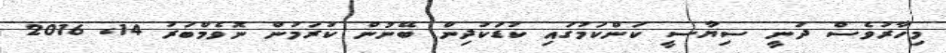
މިހާރުވެސް ދަނީ ސިޔާސީ ކަންކަމުގައި ކުޑަކުދިން ބޭނުން ކުރަމުން ނޮވެމްބަރު 14